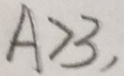
A > 3 ,